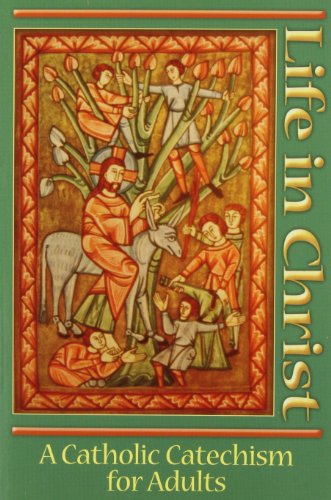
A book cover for Life in Christ: A Catholic Catechism for Adults; Killgallon Weber; Christian Books & Bibles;